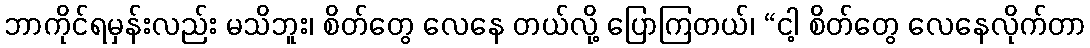
ဘာကိုင်ရမှန်းလည်း မသိဘူး၊ စိတ်တွေ လေနေ တယ်လို့ ပြောကြတယ်၊ “ငါ့ စိတ်တွေ လေနေလိုက်တာ